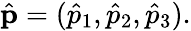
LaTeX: \hat{\mathbf p}=(\hat{p}_{1},\hat{p}_{2},\hat{p}_{3}).